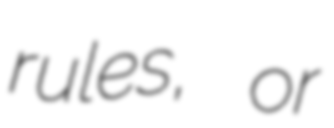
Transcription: rules, or